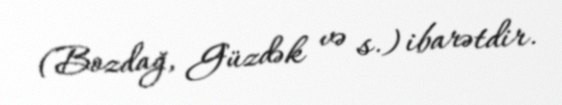
(Bozdağ, Güzdək və s.) ibarətdir.